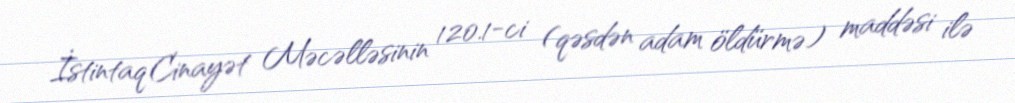
İstintaq Cinayət Məcəlləsinin 120.1-ci (qəsdən adam öldürmə) maddəsi ilə